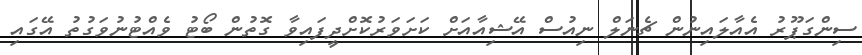
ސިންގަޕޫރު އެއާލައިނުން ޗެނަލް ނިއުސް އޭޝިއާއަށް ކަށަވަރުކޮށްދީފައިވާ ގޮތުން ބޯޓު ވެއްޓުނުވަގުތު އޭގައި